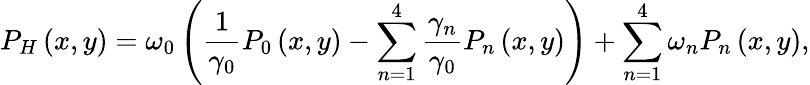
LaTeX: P_{H}\left(x,y\right)=\omega_{0}\left(\frac{1}{\gamma_{0}}P_{0}\left(x,y\right)-\sum_{n=1}^{4}\frac{\gamma_{n}}{\gamma_{0}}P_{n}\left(x,y\right)\right)+\sum_{n=1}^{4}\omega_{n}P_{n}\left(x,y\right),